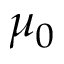
\mu _ { 0 }